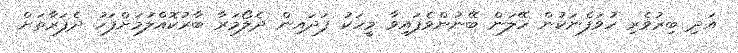
އަދި ބިރުވެރި ހުވަފެނަކުން ހޭލަން ބޭނުންވެފައިވާ މީހަކު ފަދައިން ދެލޯމަރާ ބާރުކޮއްލުމަށްފަހު ދެފަރާތަށް